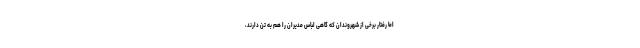
اما رفتار برخی از شهروندان که گاهی لباس مدیران را هم به تن دارند،